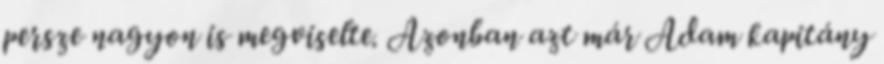
persze nagyon is megviselte. Azonban azt már Adam kapitány